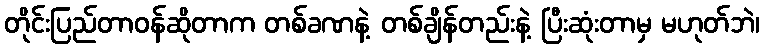
တိုင်းပြည်တာဝန်ဆိုတာက တစ်ခဏနဲ့ တစ်ချိန်တည်းနဲ့ ပြီးဆုံးတာမှ မဟုတ်ဘဲ၊